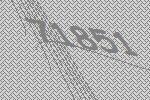
71851